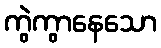
ကွဲကွာနေသော